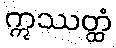
ဣဿတ္ထံ